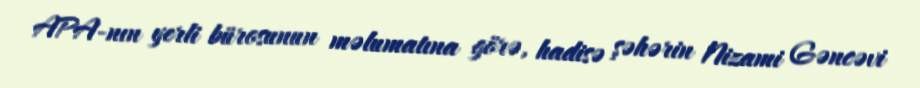
APA-nın yerli bürosunun məlumatına görə, hadisə şəhərin Nizami Gəncəvi